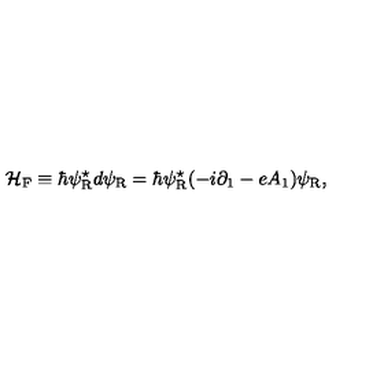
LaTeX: { \cal H } _ { \mathrm { F } } \equiv \hbar \psi _ { \mathrm { R } } ^ { \star } d \psi _ { \mathrm { R } } = \hbar \psi _ { \mathrm { R } } ^ { \star } ( - i { \partial } _ { 1 } - e A _ { 1 } ) \psi _ { \mathrm { R } } ,